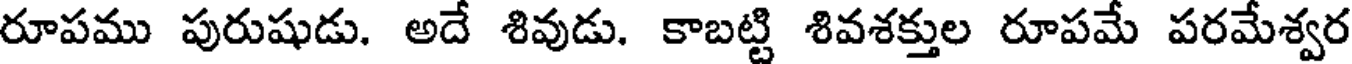
రూపము పురుషుడు. అదే శివుడు. కాబట్టి శివశక్తుల రూపమే పరమేశ్వర